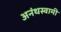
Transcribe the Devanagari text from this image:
अनंथस्वामी